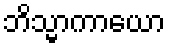
ဘိသ္မာကာယော